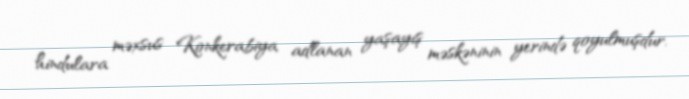
hindulara məxsus Konkerabiya adlanan yaşayış məskəninin yerində qoyulmuşdur.